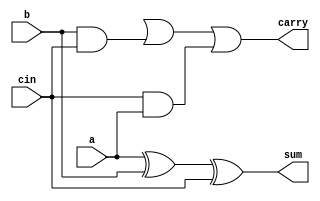
`timescale 1ns / 1ps
module FA(
input a,
input b,
input cin,
output sum,
output carry
);
    wire abar, bbar, cinbar;
    wire y0,y1,y2,y3,y4,y5,r0,r1,y6,y7;
 xor a0 (sum,a,b,cin) ;  

    and a6 (y6,b,cin);
    and a7 (y7,cin,a);
    or b3 (carry,y0,y6,y7);
    
endmodule